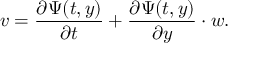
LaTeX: v = { \frac { \partial \Psi ( t , y ) } { \partial t } } + { \frac { \partial \Psi ( t , y ) } { \partial y } } \cdot w .